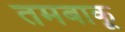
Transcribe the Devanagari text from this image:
तमबाकू